Scottish Certificate of Education, 1963
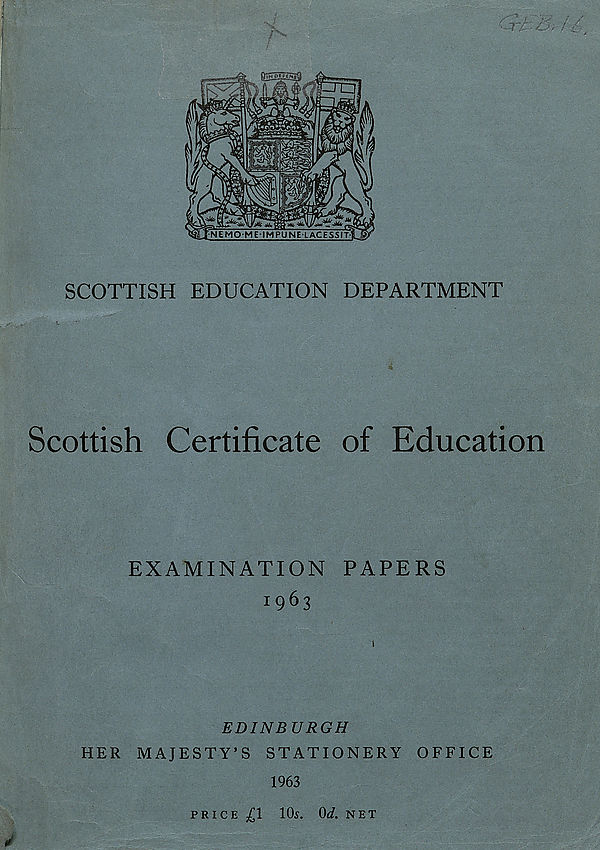
SCOTTISH EDUCATION DEPARTMENT
Scottish Certificate of Education
EXAMINATION PAPERS
1963
EDINBURGH
HER MAJESTY’S STATIONERY OFFICE
1963
PRICE £1
✓
1(R. Orf. NET